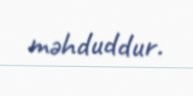
məhduddur.